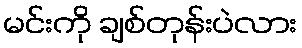
မင်းကို ချစ်တုန်းပဲလား